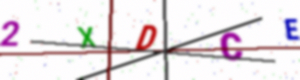
Text: 2XDCE